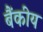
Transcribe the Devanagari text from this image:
बैंकीय